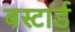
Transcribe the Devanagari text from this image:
बस्टार्ड